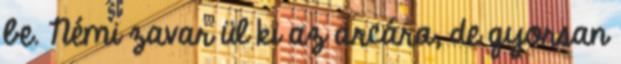
be. Némi zavar ül ki az arcára, de gyorsan